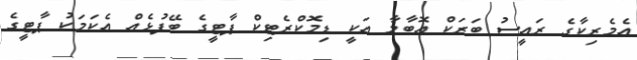
އެމެރިކާގެ ރައީސު ބަރަކް އޮބާމާ އަކީ ޑިމޮކްރެޓިކް ޕާޓީގެ ބޭފުޅެއް އެކަމަކު ޕާޓީގެ